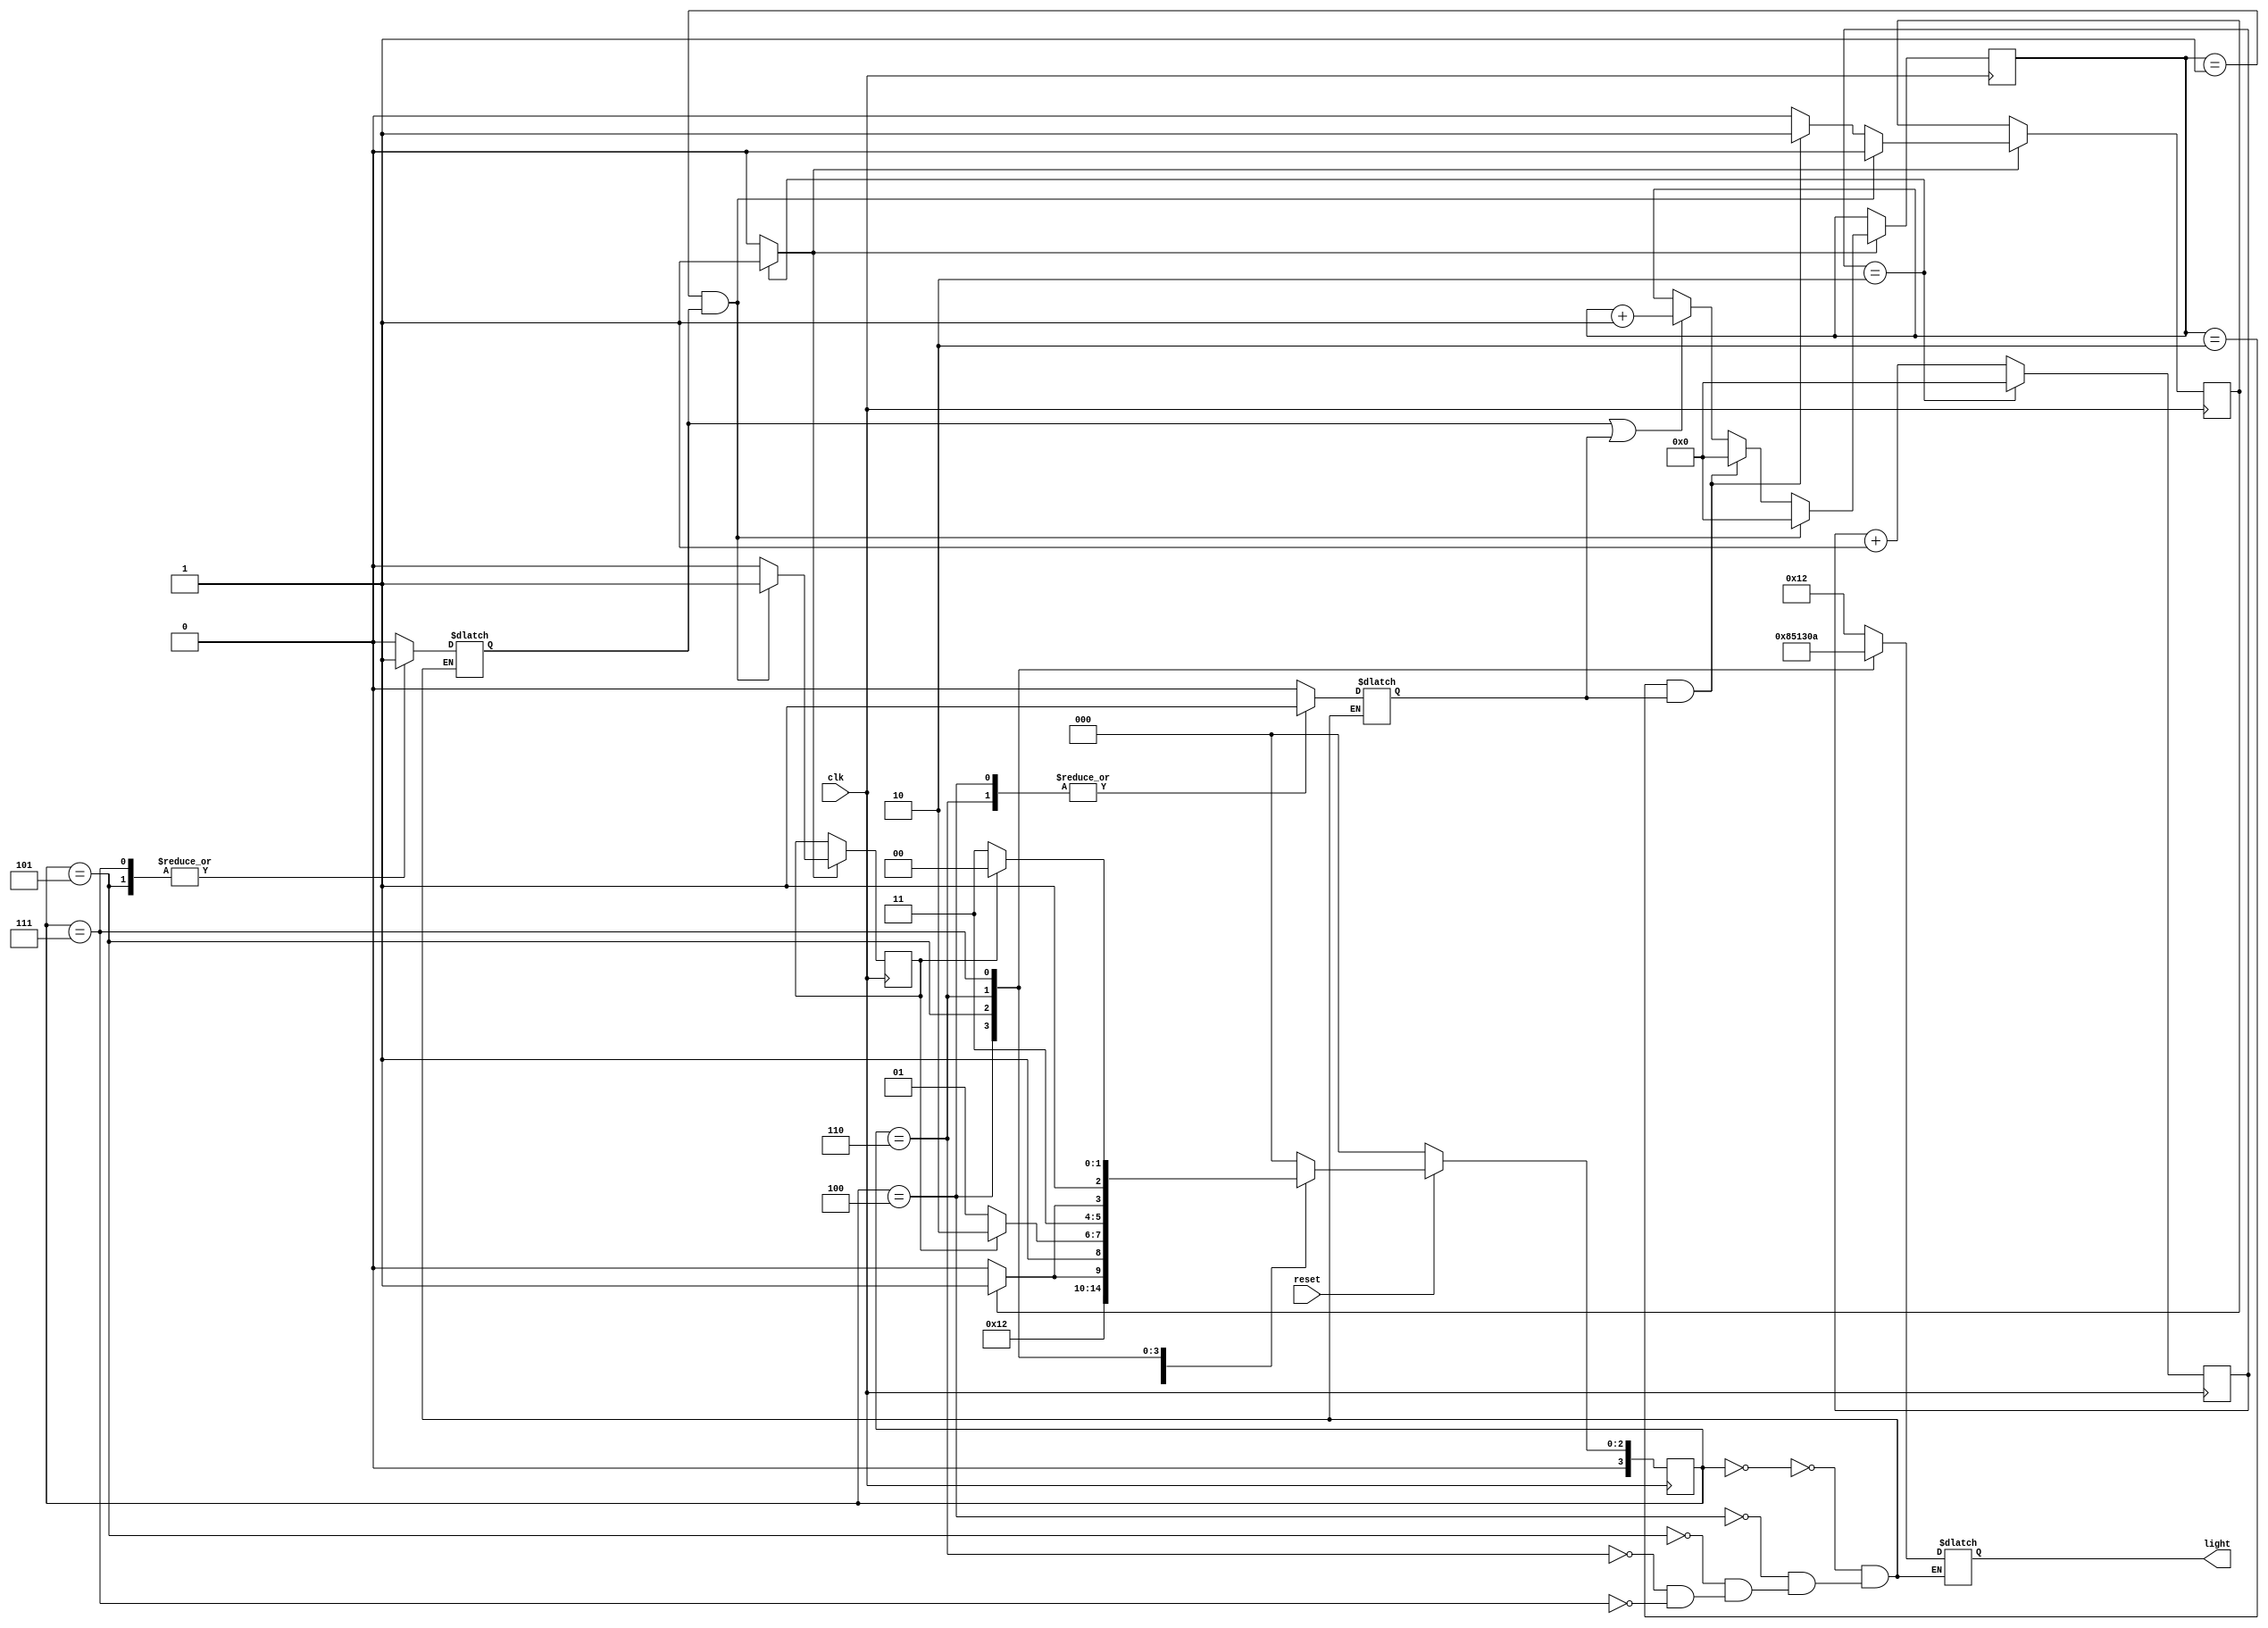
// --2 routes LA, LB
// --Traffic lights automatically count and switch modes after counting the set time
// --Total time of yellow light + green light on this route will be equal to the time 
// of red light on the other route
// --Route LA : green 1 (g1), Yellow 1 (y1), Red 1 (r1)
// --Route LB : green 2 (g2), Yellow 2 (y2), Red 2 (r2)
//-------------------------------------------
module den_gt 
	(
		input clk,//clock = 50MHz in real life
		input reset, //
		output reg [5:0] light
		// Bit    5 	4 		3 		2 		1 		0
		// Light g1 	y1 	r1 	g2 	y2 	r2
		// output of lights
	);
parameter 
	IDLE = 3'b000, // IDLE : Only yellow
	S0 = 3'b100, //S0 : LA : green, LB : red
	S1 = 3'b101, //S1 : LA : yellow, LB : red
	S2 = 3'b110, //S2 : LA : red, LB : green
	S3 = 3'b111; //S3 : LA : red, LB : yellow
	// green time + yellow time = red time
//---------------------------------------------
wire clk_enable; // clock enable signal for 1s
reg [3:0] current_state, next_state;
reg yellow_count = 0, green_count = 0; // counting signal
reg yellow = 0, green = 0; // full count signal 
reg [27:0] count_delay = 0, count_reg = 0 ;
//------------------------------------------------
// state
always @ ( posedge clk )
	begin
		if ( ~reset )
			current_state <= IDLE;
		else
			current_state <= next_state;
	end
//----------------------------------------------
// fsm
always @ (*)
	begin	
		case ( current_state )
			//------------------------
			IDLE : begin // Only yellow
					light = 6'b010010;
					yellow_count = 0;
					green_count = 0;
					if (reset) next_state <= S0;
					else next_state <= IDLE;
				end
			//--------------------------------
			S0 : begin // LA : green, LB : red
					yellow_count = 0;
					green_count = 1;
					light = 6'b100001;
				if ( green ) next_state = S1;
				else next_state = S0;
				end
				//------------------------------
			S1 : begin // LA : yellow, LB : red
					light = 6'b010001;
					yellow_count = 1;
					green_count = 0;
				if ( yellow ) next_state = S2;
				//yellow time for 3s, then LA = red, LB = green
				else next_state = S1;
				end
				//----------------------------
			S2 : begin // LA: red, LB : green
					light = 6'b001100;
					yellow_count = 0;
					green_count = 1;
				if ( green ) next_state = S3; 
				else next_state = S2;
				end
				//------------------------------
			S3 : begin // LA : red, LB : yellow
					light = 6'b001010;
					yellow_count = 1;
					green_count = 0;
				if ( yellow ) next_state = S0;
				// yellow time for 3s, then LB = red, LB = green
				else next_state = S3;
				end
			default : next_state = IDLE;
		endcase
	end
//---------------------
// counting
always @ ( posedge clk ) 
	begin
		if ( clk_enable == 1 ) 
			begin
				if ( yellow_count || green_count )
				count_delay <= count_delay + 1;
				if (( count_delay == 1 )&& yellow_count ) 
					begin
						yellow = 1;
						green = 0;
						count_delay <= 0;
					end
				else if ((count_delay == 2 )&& green_count )
					begin
						yellow = 0;
						green = 1;
						count_delay <= 0;
					end
				else 
					begin
						yellow = 0;
						green = 0;
					end
				end
			end
//----------------------
// 1s clock enable 
always @ ( posedge clk )
	begin	
		count_reg <= count_reg + 1;
		
		if ( count_reg == 2 ) // clock cycle * 3 = 1s
		// example for testbench
		count_reg <= 0;
	end 
//-----------------------------------------
assign clk_enable = count_reg == 2 ? 1 : 0;
endmodule